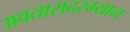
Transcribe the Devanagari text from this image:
अवतारादरम्यान